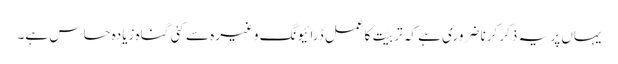
یہاں پر یہ ذکر کرنا ضروری ہے کہ تربیّت کاعمل ڈرائیونگ وغیرہ سے کئی گناہ زیادہ حساس ہے۔